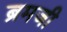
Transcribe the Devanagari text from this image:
ब्रमजी